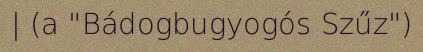
| (a "Bádogbugyogós Szűz")